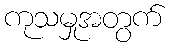
ကုသမှုအတွက်